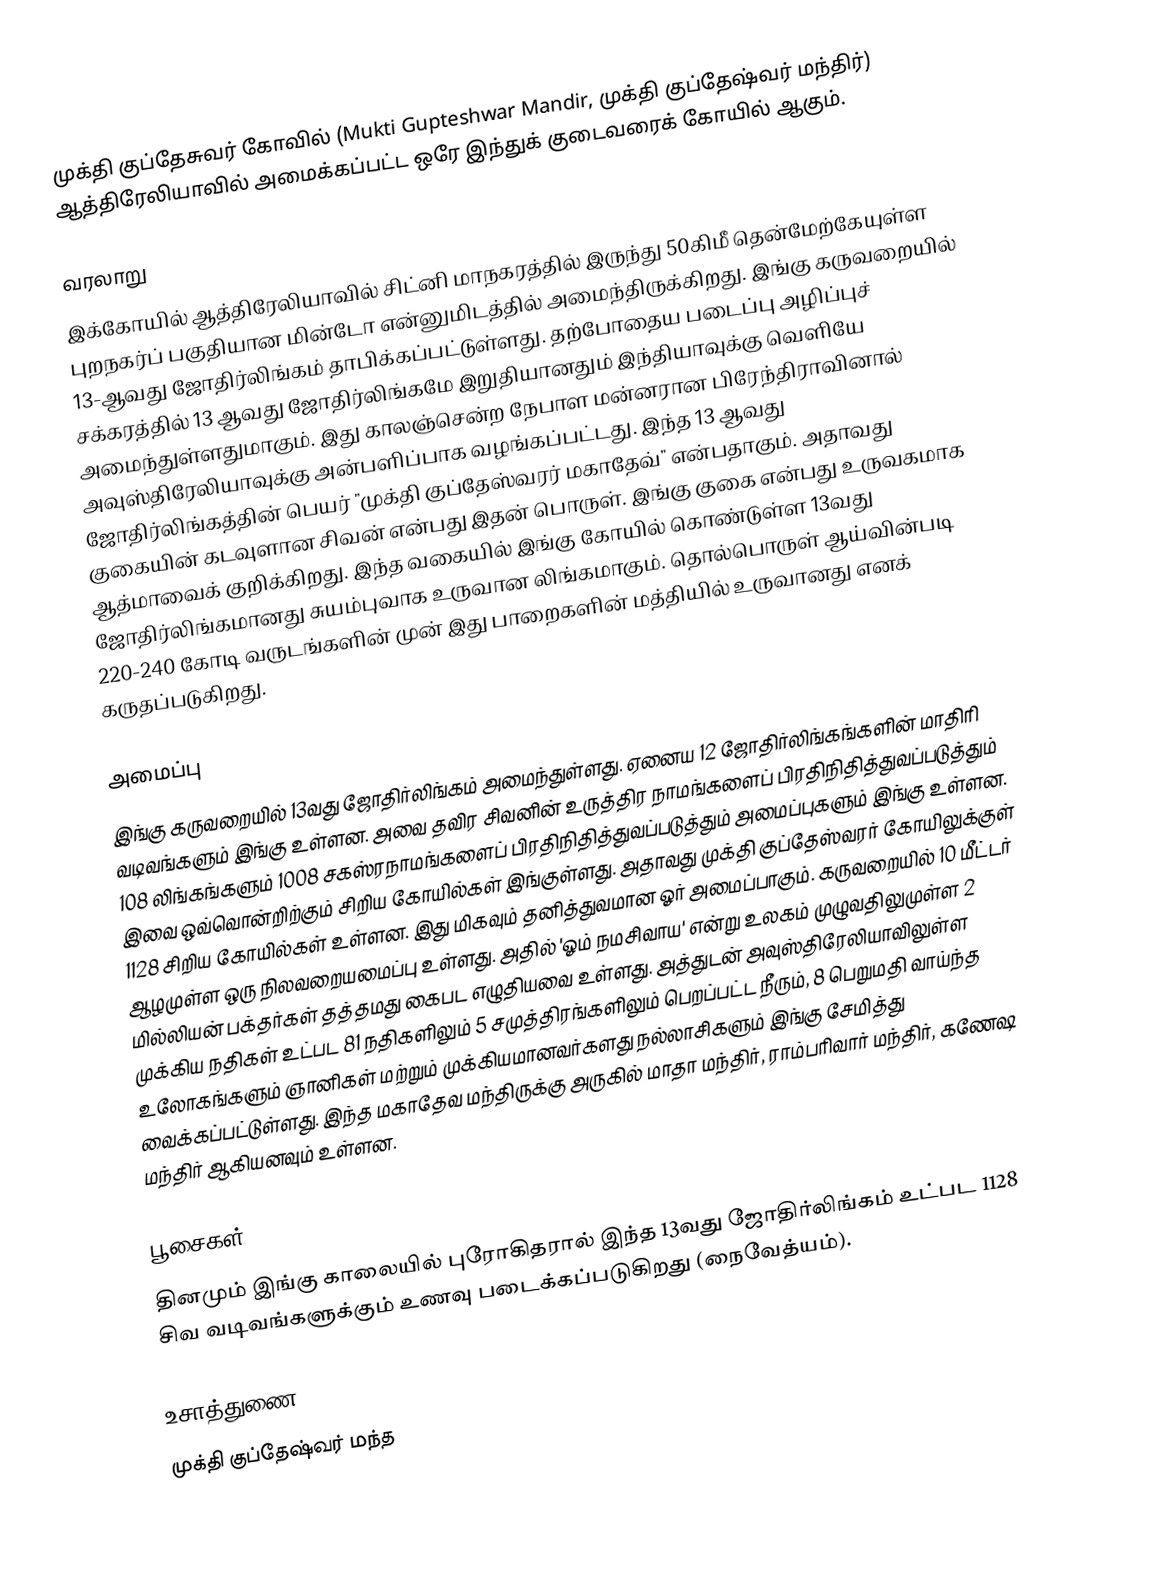
முக்தி குப்தேசுவர் கோவில் (Mukti Gupteshwar Mandir, முக்தி குப்தேஷ்வர் மந்திர்) ஆத்திரேலியாவில் அமைக்கப்பட்ட ஒரே இந்துக் குடைவரைக் கோயில் ஆகும்.

வரலாறு
இக்கோயில் ஆத்திரேலியாவில் சிட்னி மாநகரத்தில் இருந்து 50கிமீ தென்மேற்கேயுள்ள புறநகர்ப் பகுதியான மின்டோ என்னுமிடத்தில் அமைந்திருக்கிறது. இங்கு கருவறையில் 13-ஆவது ஜோதிர்லிங்கம் தாபிக்கப்பட்டுள்ளது. தற்போதைய படைப்பு அழிப்புச் சக்கரத்தில் 13 ஆவது ஜோதிர்லிங்கமே இறுதியானதும் இந்தியாவுக்கு வெளியே அமைந்துள்ளதுமாகும். இது காலஞ்சென்ற நேபாள மன்னரான பிரேந்திராவினால் அவுஸ்திரேலியாவுக்கு அன்பளிப்பாக வழங்கப்பட்டது. இந்த 13 ஆவது ஜோதிர்லிங்கத்தின் பெயர் "முக்தி குப்தேஸ்வரர் மகாதேவ்" என்பதாகும். அதாவது குகையின் கடவுளான சிவன் என்பது இதன் பொருள். இங்கு குகை என்பது உருவகமாக ஆத்மாவைக் குறிக்கிறது. இந்த வகையில் இங்கு கோயில் கொண்டுள்ள 13வது ஜோதிர்லிங்கமானது சுயம்புவாக உருவான லிங்கமாகும். தொல்பொருள் ஆய்வின்படி 220-240 கோடி வருடங்களின் முன் இது பாறைகளின் மத்தியில் உருவானது எனக் கருதப்படுகிறது.

அமைப்பு
இங்கு கருவறையில் 13வது ஜோதிர்லிங்கம் அமைந்துள்ளது. ஏனைய 12 ஜோதிர்லிங்கங்களின் மாதிரி வடிவங்களும் இங்கு உள்ளன. அவை தவிர சிவனின் உருத்திர நாமங்களைப் பிரதிநிதித்துவப்படுத்தும் 108 லிங்கங்களும் 1008 சகஸ்ரநாமங்களைப் பிரதிநிதித்துவப்படுத்தும் அமைப்புகளும் இங்கு உள்ளன. இவை ஒவ்வொன்றிற்கும் சிறிய கோயில்கள் இங்குள்ளது. அதாவது முக்தி குப்தேஸ்வரர் கோயிலுக்குள் 1128 சிறிய கோயில்கள் உள்ளன. இது மிகவும் தனித்துவமான ஓர் அமைப்பாகும். கருவறையில் 10 மீட்டர் ஆழமுள்ள ஒரு நிலவறையமைப்பு உள்ளது. அதில் 'ஓம் நமசிவாய' என்று உலகம் முழுவதிலுமுள்ள 2 மில்லியன் பக்தர்கள் தத்தமது கைபட எழுதியவை உள்ளது. அத்துடன் அவுஸ்திரேலியாவிலுள்ள முக்கிய நதிகள் உட்பட 81 நதிகளிலும் 5 சமுத்திரங்களிலும் பெறப்பட்ட நீரும், 8 பெறுமதி வாய்ந்த உலோகங்களும் ஞானிகள் மற்றும் முக்கியமானவர்களது நல்லாசிகளும் இங்கு சேமித்து வைக்கப்பட்டுள்ளது. இந்த மகாதேவ மந்திருக்கு அருகில் மாதா மந்திர், ராம்பரிவார் மந்திர், கணேஷ மந்திர் ஆகியனவும் உள்ளன.

பூசைகள்
தினமும் இங்கு காலையில் புரோகிதரால் இந்த 13வது ஜோதிர்லிங்கம் உட்பட 1128 சிவ வடிவங்களுக்கும் உணவு படைக்கப்படுகிறது (நைவேத்யம்).

உசாத்துணை
 முக்தி குப்தேஷ்வர் மந்த